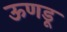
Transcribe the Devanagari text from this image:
ऊणडू